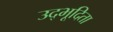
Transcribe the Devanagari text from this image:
उद्भूदिता